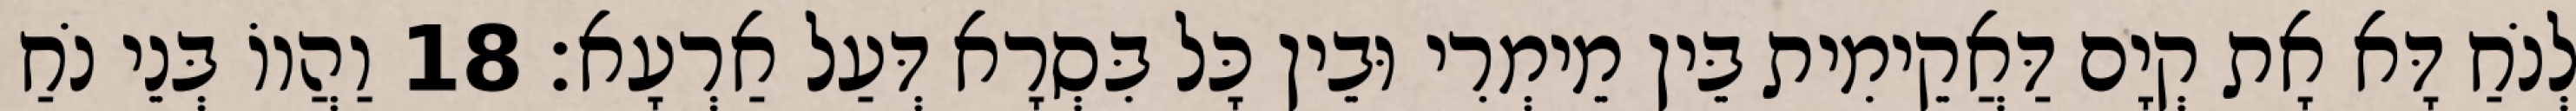
לְנֹחַ דָּא אָת קְיָם דַּאֲקֵימִית בֵּין מֵימְרִי וּבֵין כָּל בִּסְרָא דְּעַל אַרְעָא׃ 18 וַהֲווֹ בְּנֵי נֹחַ